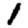
Digit: 1